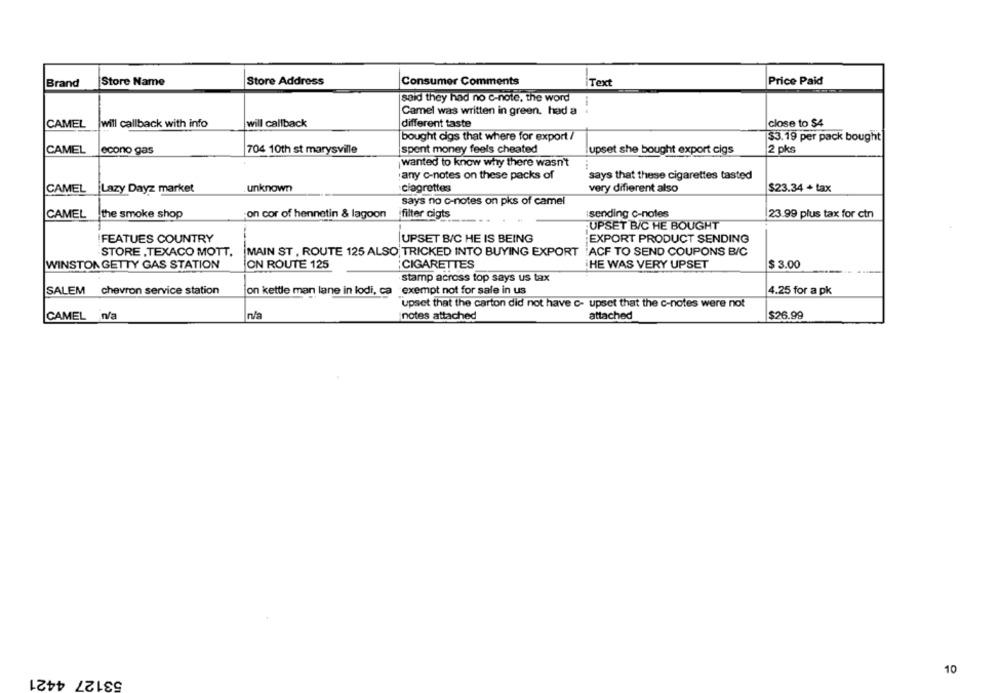
Brand
Store Name
Store Address
Consumer Comments
Text
Price Paid
said they had no c-note, the word
Camel was written in green, had a
CAMEL will callback with info
will callback
different taste
close to $4
bought cigs that where for export /
$3.19 per pack bought
CAMEL
econo gas
704 10th st marysville
spent money feels cheated
upset she bought export cigs
2 pks
wanted to know why there wasn't
...
: any c-notes on these packs of
says that these cigarettes tasted
CAMEL Lazy Dayz market
unknown
clagrottes
very different also
$23.34 + tax
says no c-notes on pks of camel
CAMEL the smoke shop
on cor of hennetin & lagoon
filter cigts
sending c-notes
23.99 plus tax for ctn
UPSET B/C HE BOUGHT
FEATUES COUNTRY
UPSET BIC HE IS BEING
EXPORT PRODUCT SENDING
STORE , TEXACO MOTT,
MAIN ST , ROUTE 125 ALSO TRICKED INTO BUYING EXPORT
ACF TO SEND COUPONS B/C
$ 3.00
WINSTON GETTY GAS STATION
ON ROUTE 125
CIGARETTES
HE WAS VERY UPSET
stamp across top says us tax
SALEM chevron service station
on kettle man lane in lodi, ca exempt not for sale in us
4.25 for a pk
upset that the carton did not have c- upset that the c-notes were not
CAMEL n/a
notes attached
attached
$26.99
53127 4421
10